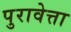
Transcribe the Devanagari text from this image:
पुरावेत्ता